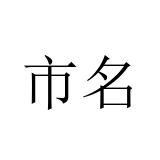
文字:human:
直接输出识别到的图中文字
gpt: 市名